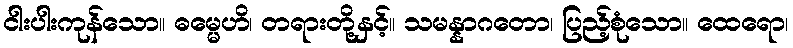
ငါးပါးကုန်သော။ ဓမ္မေဟိ၊ တရားတို့နှင့်။ သမန္နာဂတော၊ ပြည့်စုံသော။ ထေရော၊